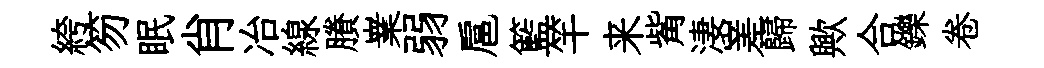
絝笏眠肖冶線賸嶪弱扈籃竿来觜淒嵳歸歟合鑠卷